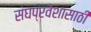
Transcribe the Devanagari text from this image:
संघप्रवेशासाठी